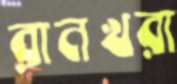
রানখরা